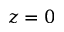
z = 0